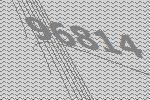
96814